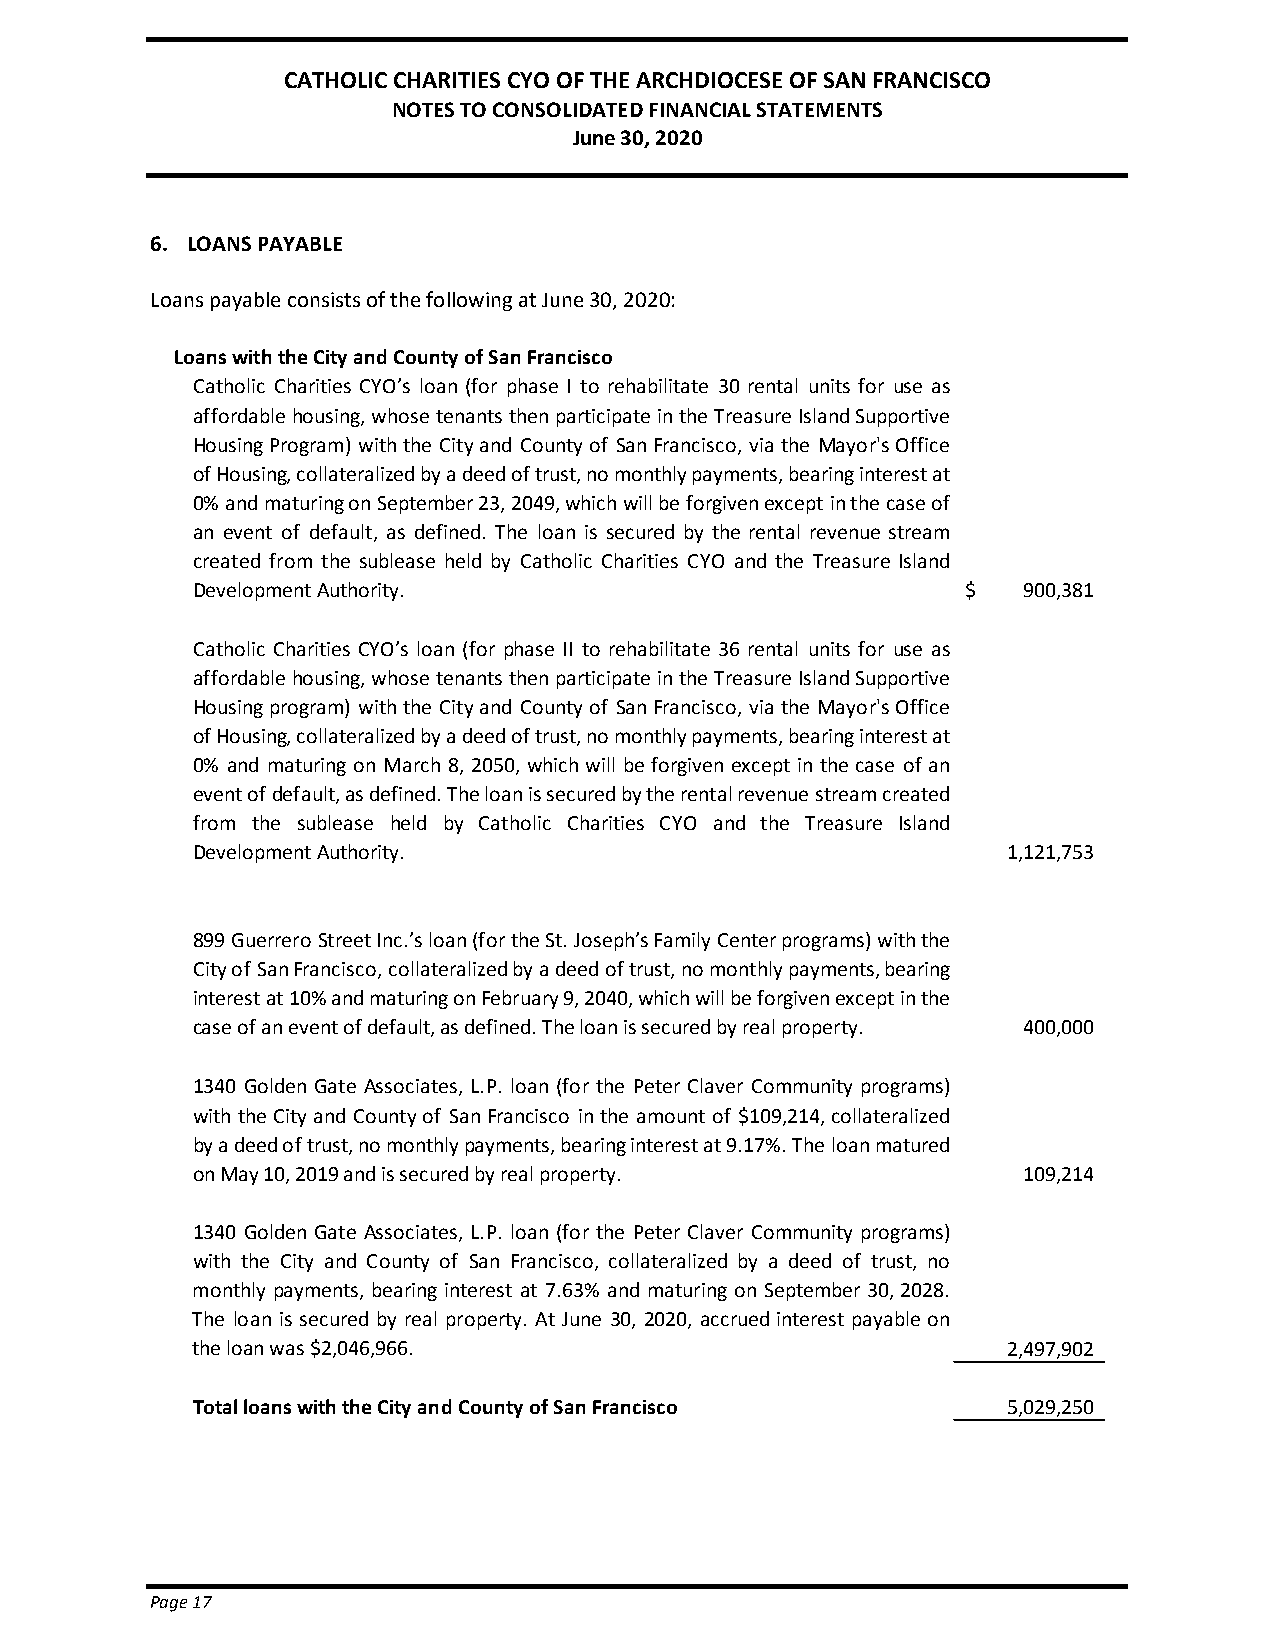
CATHOLIC CHARITIES CYO OF THE ARCHDIOCESE OF SAN FRANCISCO
 NOTES TO CONSOLIDATED FINANCIAL STATEMENTS
 June 30, 2020
 6. LOANS PAYABLE
 Loans payable consists of the following at June 30, 2020:
 Loans with the City and County of San Francisco
 Catholic Charities CYO’s loan (for phase I to rehabilitate 30 rental units for use as
 affordablehousing,whosetenantsthenparticipateintheTreasureIslandSupportive
 HousingProgram) withthe Cityand Countyof SanFrancisco, via the Mayor'sOffice
 of Housing, collateralized by a deed of trust, no monthly payments, bearing interest at
 0%andmaturingonSeptember23,2049,whichwillbeforgivenexceptinthecaseof
 an event of default, as defined. The loan is secured by the rental revenue stream
 created from the sublease held by Catholic Charities CYO and the Treasure Island
 Development Authority.                             $   900,381
 Catholic Charities CYO’s loan (for phase II to rehabilitate 36 rental units for use as
 affordablehousing,whosetenantsthenparticipateintheTreasureIslandSupportive
 Housingprogram) withthe Cityand Countyof SanFrancisco, via the Mayor'sOffice
 of Housing, collateralized by a deed of trust, no monthly payments, bearing interest at
 0% and maturing on March 8, 2050, whichwill beforgiven exceptin thecase of an
 eventofdefault,asdefined.Theloanissecuredbytherentalrevenuestreamcreated
 from the sublease held by Catholic Charities CYO and the Treasure Island
 Development Authority.                                1,121,753
 899Guerrero StreetInc.’sloan(fortheSt. Joseph’sFamilyCenterprograms)withthe
 Cityof SanFrancisco,collateralizedbyadeedoftrust,nomonthlypayments,bearing
 interestat10%andmaturingonFebruary9,2040,whichwillbeforgivenexceptinthe
 case of an event of default, as defined. The loan is secured by real property. 400,000
 1340 Golden Gate Associates, L.P. loan (for the Peter Claver Community programs)
 withtheCityand Countyof SanFrancisco inthe amountof $109,214,collateralized
 byadeedoftrust,nomonthlypayments,bearinginterestat9.17%.Theloanmatured
 on May 10, 2019 and is secured by real property.       109,214
 1340 Golden Gate Associates, L.P. loan (for the Peter Claver Community programs)
 with the City and County of San Francisco, collateralized by a deed of trust, no
 monthly payments, bearing interest at 7.63% and maturing on September 30,2028.
 The loan is secured by real property. At June 30, 2020, accruedinterest payableon
 the loan was $2,046,966.                              2,497,902
 Total loans with the City and County of San Francisco 5,029,250
 Page 17